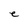
Character: e